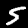
Label: 5